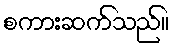
စကားဆက်သည်။